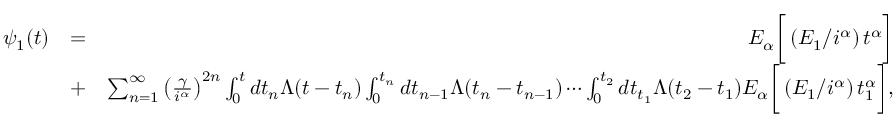
\begin{array} { r l r } { \psi _ { 1 } ( t ) } & { = } & { E _ { \alpha } \bigg [ \left( E _ { 1 } / i ^ { \alpha } \right) t ^ { \alpha } \bigg ] } \\ & { + } & { \sum _ { n = 1 } ^ { \infty } \left( \frac { \gamma } { i ^ { \alpha } } \right) ^ { 2 n } \int _ { 0 } ^ { t } d t _ { n } \Lambda ( t - t _ { n } ) \int _ { 0 } ^ { t _ { n } } d t _ { n - 1 } \Lambda ( t _ { n } - t _ { n - 1 } ) \cdots \int _ { 0 } ^ { t _ { 2 } } d t _ { t _ { 1 } } \Lambda ( t _ { 2 } - t _ { 1 } ) E _ { \alpha } \bigg [ \left( E _ { 1 } / i ^ { \alpha } \right) t _ { 1 } ^ { \alpha } \bigg ] , } \end{array}